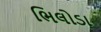
ભિલોડા